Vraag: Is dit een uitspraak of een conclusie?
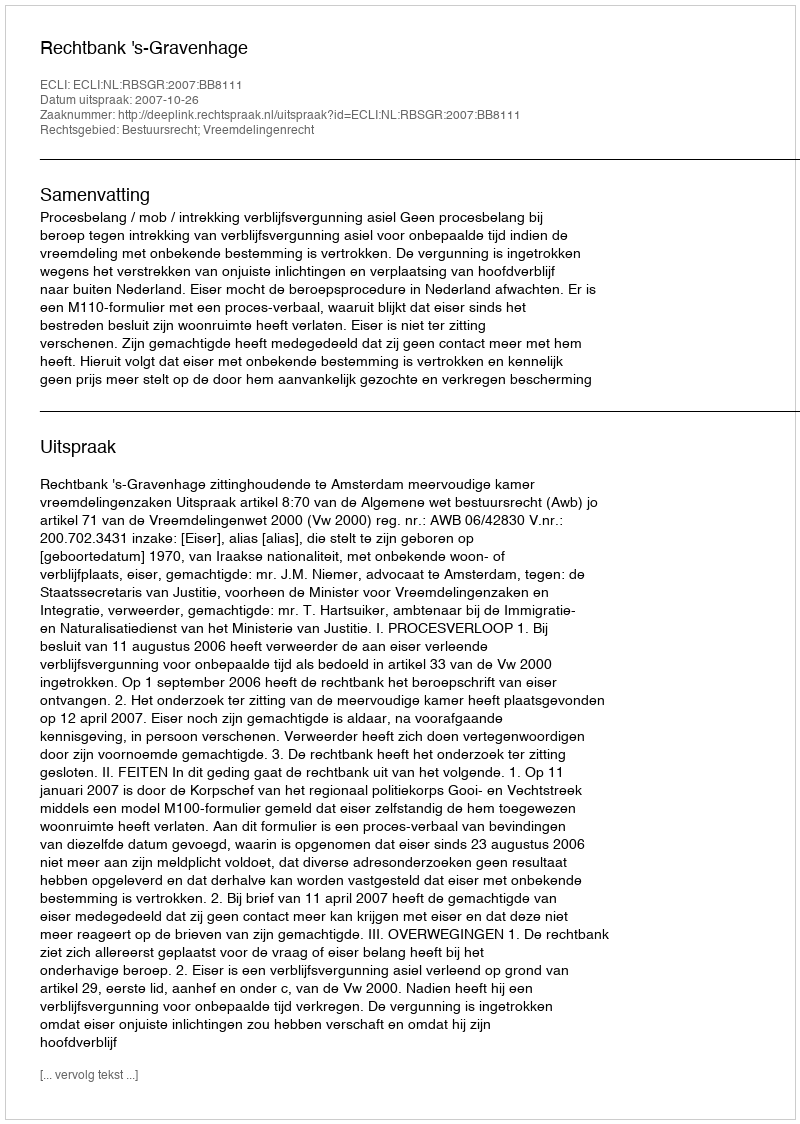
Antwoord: Uitspraak